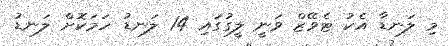
މި ލަނޑާ އެކު ޓެވޭޒް ވަނީ ލީގުގައި 14 ލަނޑު ހަމަކޮށް ލަނޑު